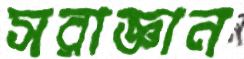
সরাজ্ঞান